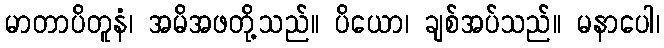
မာတာပိတူနံ၊ အမိအဖတို့သည်။ ပိယော၊ ချစ်အပ်သည်။ မနာပေါ၊